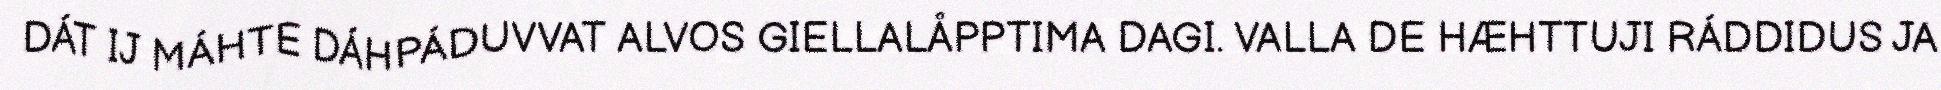
DÁT IJ MÁHTE DÁHPÁDUVVAT ALVOS GIELLALÅPPTIMA DAGI. VALLA DE HÆHTTUJI RÁDDIDUS JA